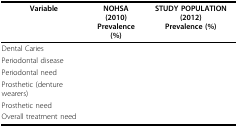
<table><thead><tr><td><b>Variable</b></td><td><b>NOHSA (2010)Prevalence (%)</b></td><td><b>STUDY POPULATION (2012)Prevalence (%)</b></td></tr></thead><tbody><tr><td>Dental Caries</td><td>[EMPTY_CELL]</td><td>[EMPTY_CELL]</td></tr><tr><td>Periodontal disease</td><td>[EMPTY_CELL]</td><td>[EMPTY_CELL]</td></tr><tr><td>Periodontal need</td><td>[EMPTY_CELL]</td><td>[EMPTY_CELL]</td></tr><tr><td>Prosthetic (denture wearers)</td><td>[EMPTY_CELL]</td><td>[EMPTY_CELL]</td></tr><tr><td>Prosthetic need</td><td>[EMPTY_CELL]</td><td>[EMPTY_CELL]</td></tr><tr><td>Overall treatment need</td><td>[EMPTY_CELL]</td><td>[EMPTY_CELL]</td></tr></tbody></table>